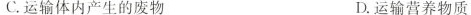
C.运输体内产生的废物 D.运输营养物质